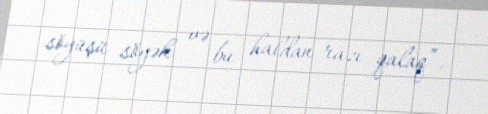
söyüşü söyək və bu haldan razı qalaq”.